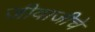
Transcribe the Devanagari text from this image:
जीवाजीचे